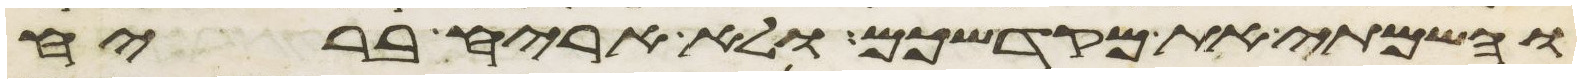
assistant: והשמתי את מקדשכם ולא אריח בריח